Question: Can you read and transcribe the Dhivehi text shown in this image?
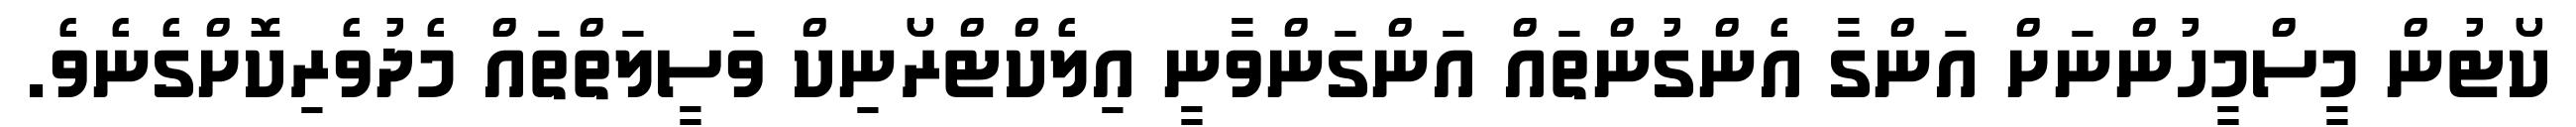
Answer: ކޯޓުން މީސްމީހުންނަށް އަންގާ އެންގުންތައް އަންގަންވާނީ އިލެކްޓްރޯނިކް ވަސީލަތްތައް މެދުވެރިކޮށްގެނެވެ.